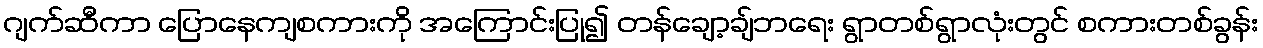
ဂျက်ဆီကာ ပြောနေကျစကားကို အကြောင်းပြု၍ တန်ချော့ချ်ဘရေး ရွာတစ်ရွာလုံးတွင် စကားတစ်ခွန်း